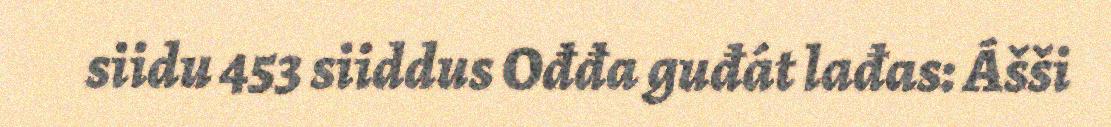
siidu 453 siiddus Ođđa guđát lađas: Ášši